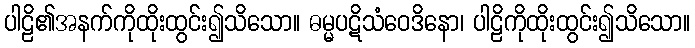
ပါဠိ၏အနက်ကိုထိုးထွင်း၍သိသော။ ဓမ္မပဋိသံဝေဒိနော၊ ပါဠိကိုထိုးထွင်း၍သိသော။